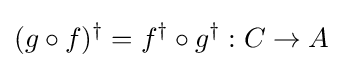
(g\circ f)^{\dagger }=f^{\dagger }\circ g^{\dagger }:C\to A